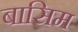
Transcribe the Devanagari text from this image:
बासिम